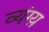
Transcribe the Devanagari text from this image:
व्यंग्य़